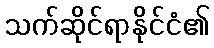
သက်ဆိုင်ရာနိုင်ငံ၏